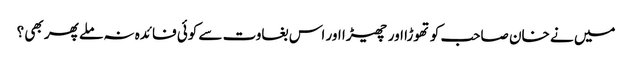
میں نے خان صاحب کو تھوڑا اور چھیڑا اور اس بغاوت سے کوئی فائدہ نہ ملے پھر بھی ؟